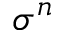
\sigma ^ { n }